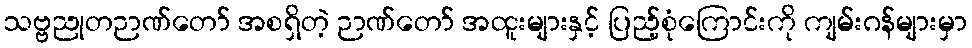
သဗ္ဗညုတဉာဏ်တော် အစရှိတဲ့ ဉာဏ်တော် အထူးများနှင့် ပြည့်စုံကြောင်းကို ကျမ်းဂန်များမှာ